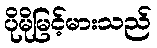
ပိုမိုမြင့်မားသည်